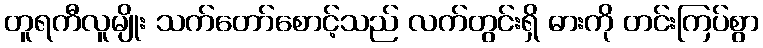
တူရကီလူမျိုး သက်တော်စောင့်သည် လက်တွင်းရှိ ဓားကို တင်းကြပ်စွာ